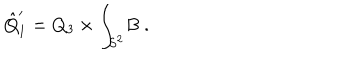
LaTeX: \hat { Q } _ { 1 } ^ { \prime } = Q _ { 3 } \times \int _ { S ^ { 2 } } \! B \ .